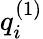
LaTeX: q_{i}^{\left(1\right)}